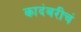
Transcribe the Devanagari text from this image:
कादंबरीचं